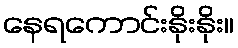
နေရကောင်းနိုးနိုး။